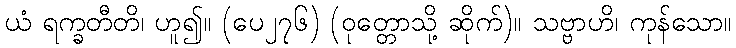
ယံ ရက္ခတီတိ၊ ဟူ၍။ (ပေ၂၇၆) (ဝုတ္တောသို့ ဆိုက်)။ သဗ္ဗာဟိ၊ ကုန်သော။